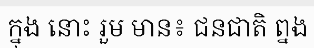
ក្នុង នោះ រួម មាន៖ ជនជាតិ ព្នង